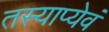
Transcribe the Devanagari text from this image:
तस्याप्येवं